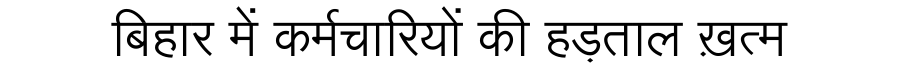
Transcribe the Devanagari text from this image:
बिहार में कर्मचारियों की हड़ताल ख़त्म